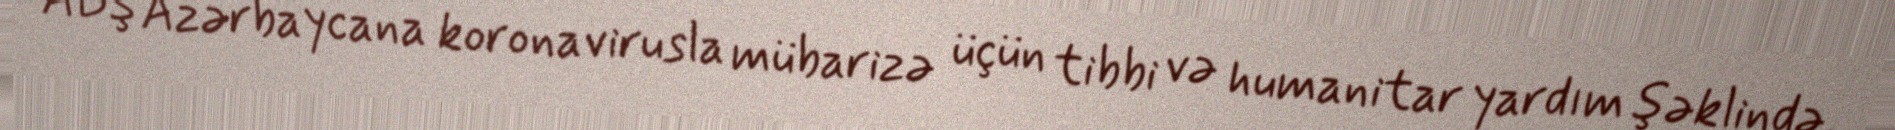
ABŞ Azərbaycana koronavirusla mübarizə üçün tibbi və humanitar yardım şəklində,